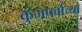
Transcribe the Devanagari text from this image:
कुंभपर्वाच्या